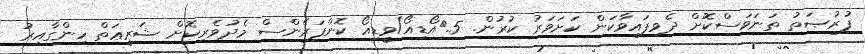
ފުރުޞަތު ތަނަވަސްކޮށް ދެވިފައިވާކަން ކަށަވަރު ކުރުން. 5.	އޯޑިއޯ/ވީޑިއޯ ކޮންފަރެންސް މެދުވެރިކޮށް ޝަރީޢަތް ހިންގާއިރު